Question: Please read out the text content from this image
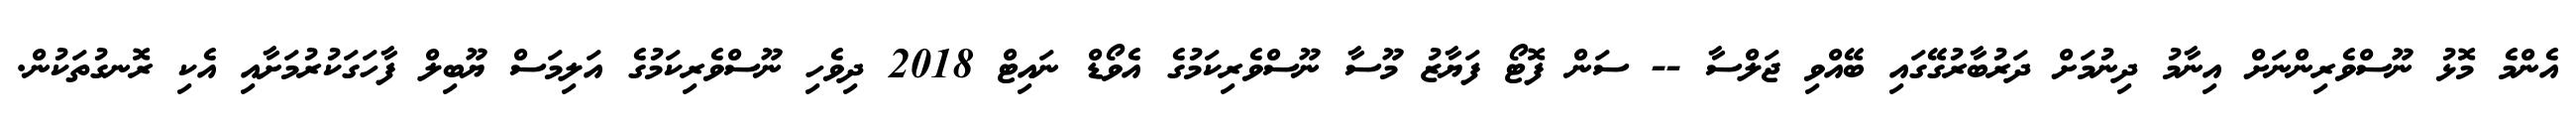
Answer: އެންމެ މޮޅު ނޫސްވެރިންނަށް އިނާމު ދިނުމަށް ދަރުބާރުގޭގައި ބޭއްވި ޖަލްސާ -- ސަން ފޮޓޯ ފަޔާޒު މޫސާ ނޫސްވެރިކަމުގެ އެވޯޑް ނައިޓް 2018 ދިވެހި ނޫސްވެރިކަމުގެ އަލިމަސް ޔޫބިލް ފާހަގަކުރުމަށާއި އެކި ރޮނގުތަކުން.